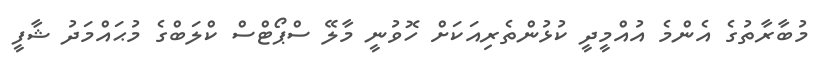
މުބާރާތުގެ އެންމެ އުއްމީދީ ކުޅުންތެރިއަކަށް ހޮވުނީ މާލޭ ސްޕޯޓްސް ކްލަބްގެ މުޙައްމަދު ޝާފީ